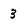
Character: 3